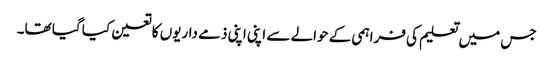
جس میں تعلیم کی فراہمی کے حوالے سے اپنی اپنی ذمے داریوں کا تعین کیا گیا تھا۔